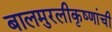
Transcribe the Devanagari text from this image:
बालमुरलीकृष्णांची